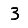
Digit: 3